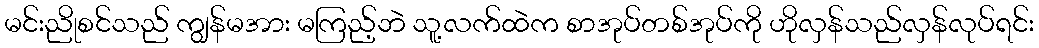
မင်းညိုစင်သည် ကျွန်မအား မကြည့်ဘဲ သူ့လက်ထဲက စာအုပ်တစ်အုပ်ကို ဟိုလှန်သည်လှန်လုပ်ရင်း